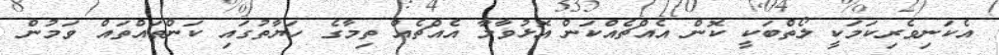
އެކަނިވެރިކަމަކީ ލޯތްބަކީ ކޮން އެއްޗެއްކަން އޮޅުވާލާ އެއްޗެއް ތިމާގެ ހަޔާތުގައި ކަންތައްތައް ވަމުން